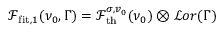
\mathcal { F } _ { \mathrm { f i t } , 1 } ( \nu _ { 0 } , \Gamma ) = \mathcal { F } _ { \mathrm { t h } } ^ { \sigma , v _ { 0 } } ( \nu _ { 0 } ) \otimes \mathcal { L } o r ( \Gamma )